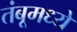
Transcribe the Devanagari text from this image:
तंबूमध्ये